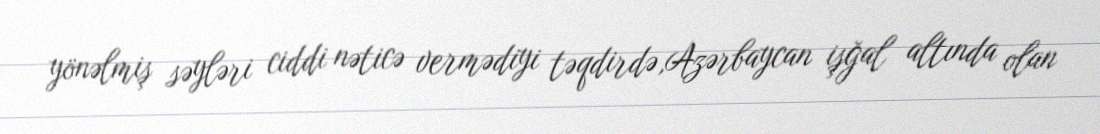
yönəlmiş səyləri ciddi nəticə vermədiyi təqdirdə,Azərbaycan işğal altında olan